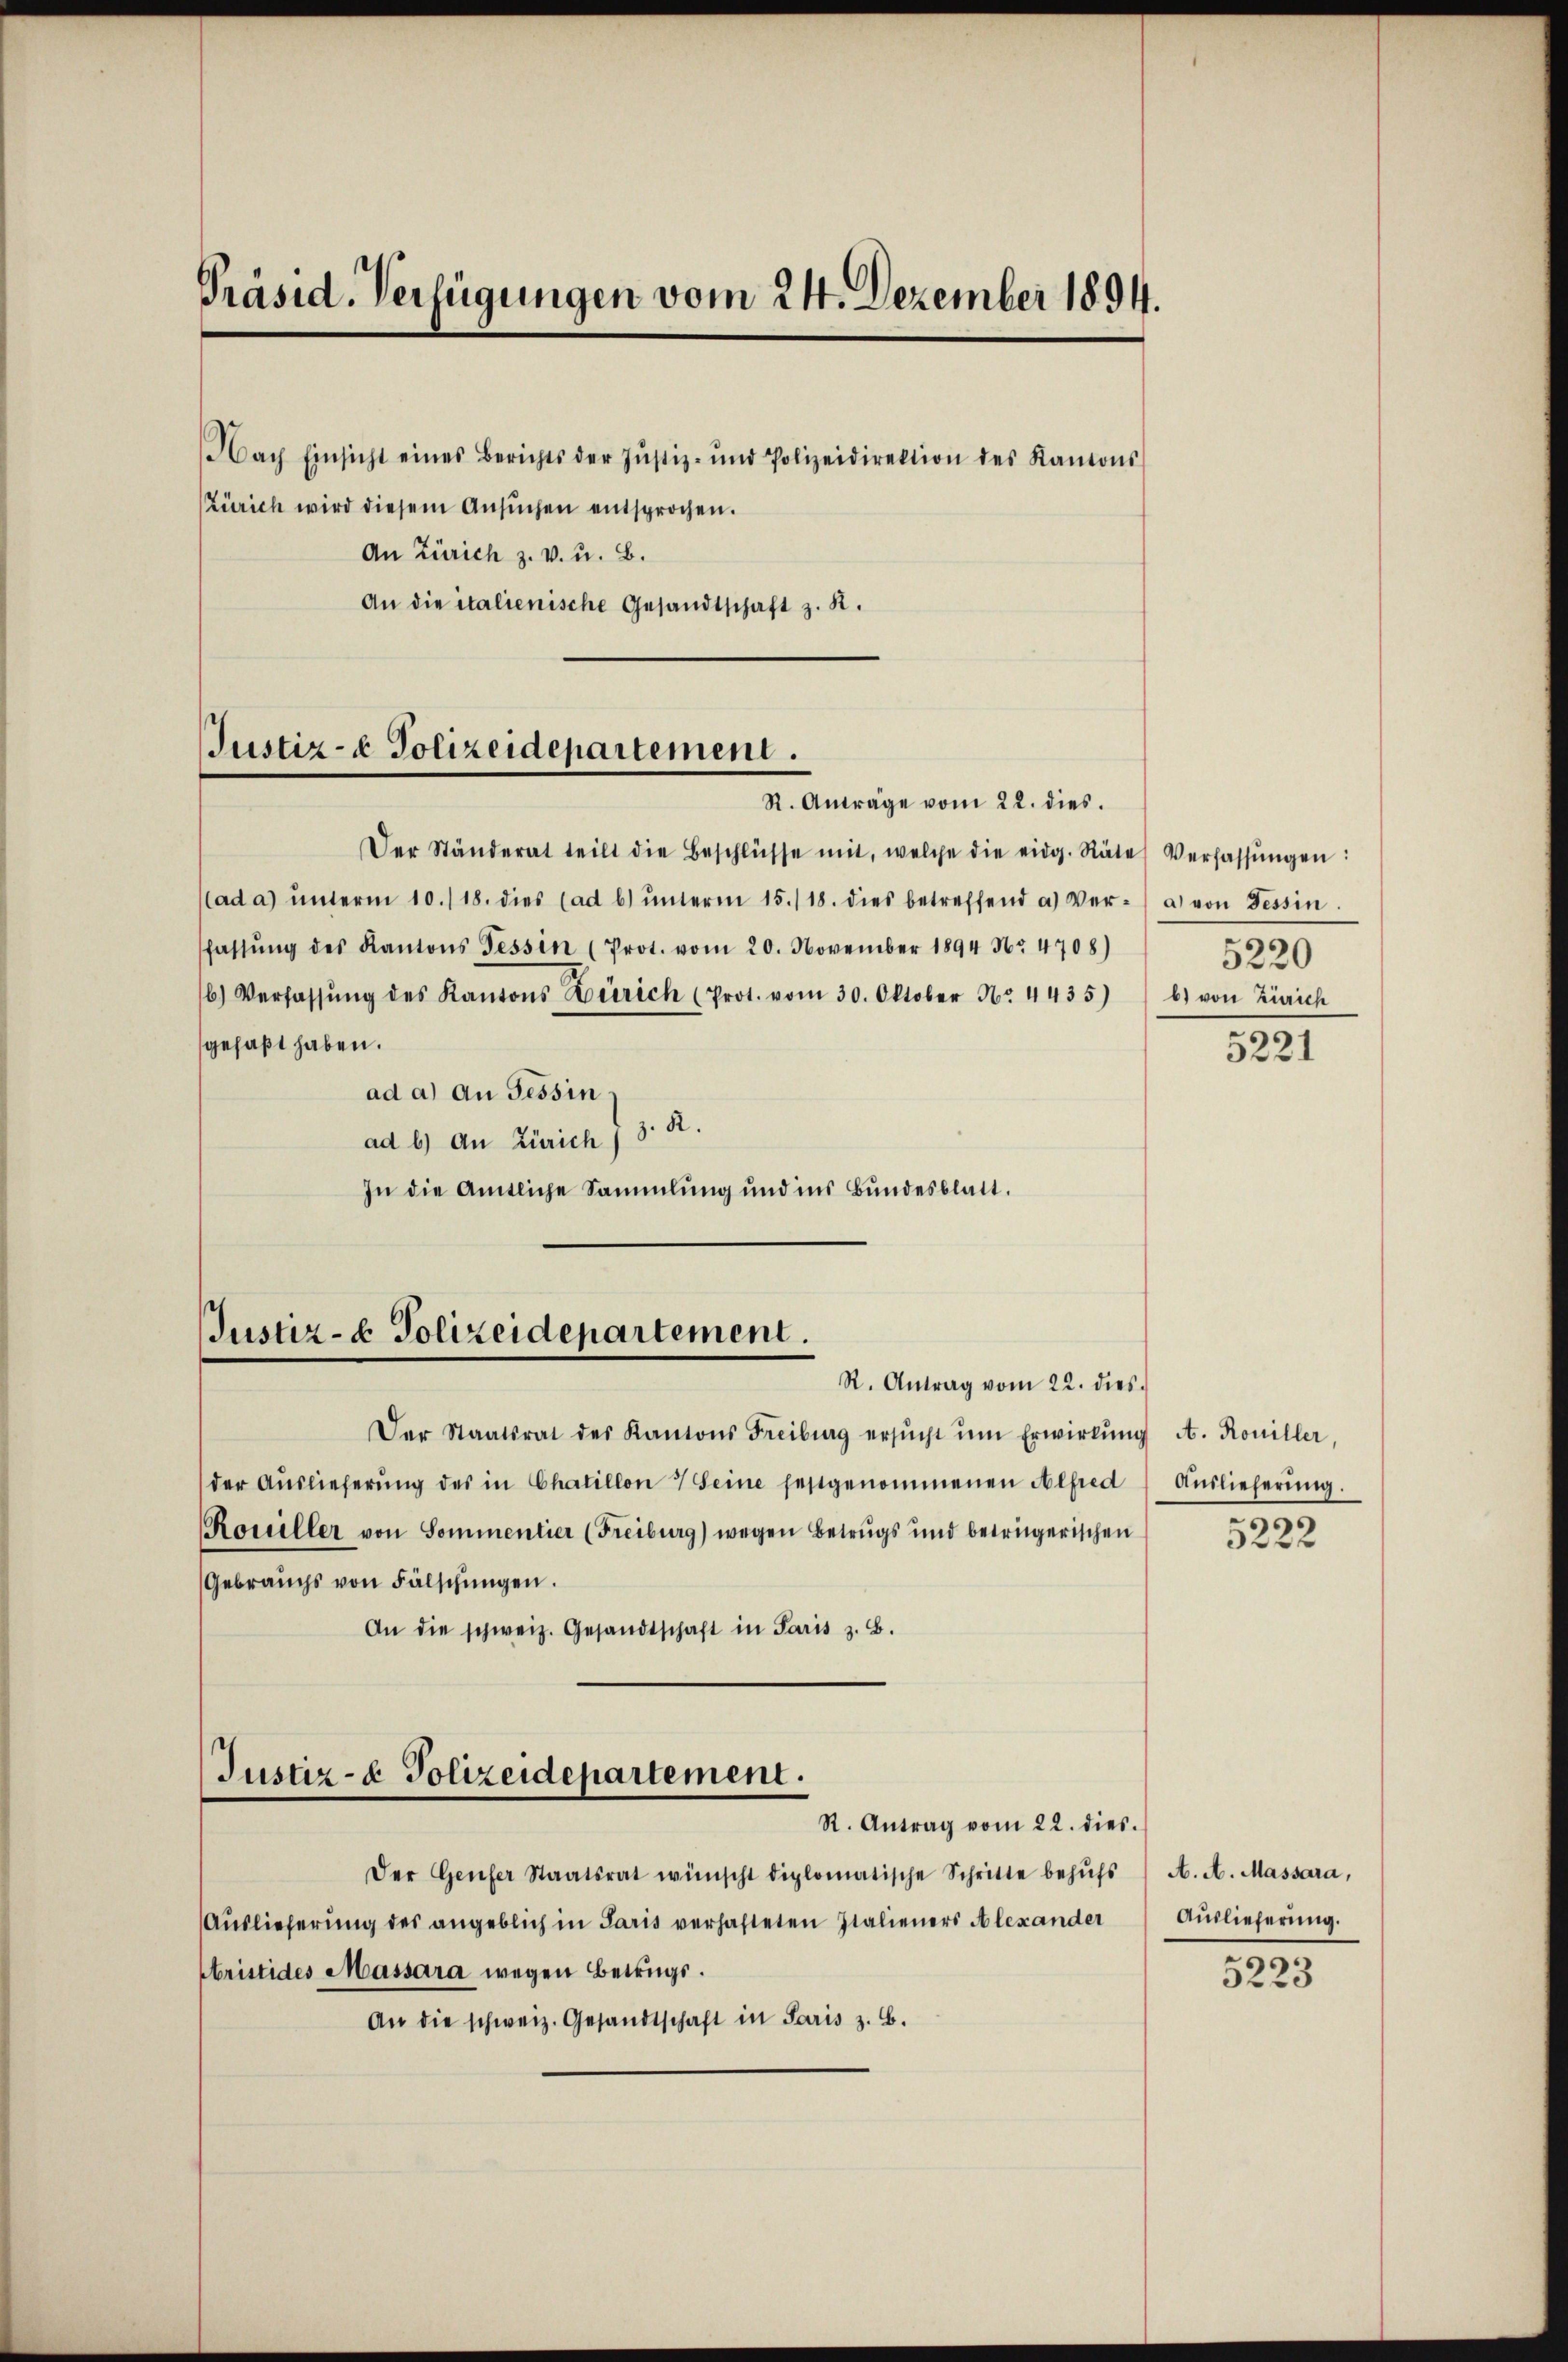
Präsid. Verfügungen vom 24. Dezember 1894.

Nach Einsicht eines Berichts der Justiz- und Polizeidirektion des Kantons
(Zürich wird diesem Ansuchen entsprochen.
An Zürich z. v. u. B.
An die italienische Gesandtschaft z. R.

Justiz- & Polizeidepartement.
R. Anträge vom 22. dies.

Justiz- & Polizeidepartement.
R. Antrag vom 22. dies

Justiz- & Polizeidepartement.
R. Antrag vom 22. dies.

Der Ständerat teilt die Beschlüsse mit, welche die eidg. Räte Verfassŭngen:
(ad a) ŭnterm 10./18. dies (ad b) ŭnterm 15./18. dies betreffend a.) Ver- a von Tessin.
fassŭng des Kantons Tessin (Prot. vom 20. November 1894 Nr. 4708)
b.) Verfassŭng des Kantons Zürich (Prot. vom 30. Oktober Nr. 4435) / b) von Zürich
gefaßt haben.
ad a.) An Tessin
ad b) an Zürich / 3. R.
In die Amtliche Sammlung und ins Bundesblatt.

Der Staatsrat des Kantons Freiburg ersŭcht ŭm Erwirkŭng A. Koniller,
der Aŭslieferŭng des in Chaillon 7 Seine festgenommenen Alfred / Aŭslieferŭng.
Rouiller von Sommentier (Freiburg) wegen Betrugs und beträgerischen
Gebrauchs von Fälschŭngen.
An die schweiz. Gesandtschaft in Paris z. B.
Der Genfer Staatsrat wünscht diplomatische Schritte behŭfs
Auslieferung des angeblich in Paris verhafteten Italieners Alexander
Abristides Massara wegen Betrugs.
An die schweiz. Gesandtschaft in Paris z. B.

5220

5221

A. A. Massara,
Auslieferung.

5223